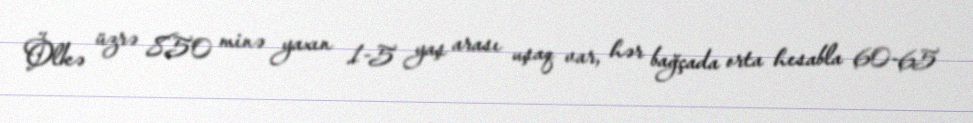
Ölkə üzrə 850 minə yaxın 1-5 yaş arası uşaq var, hər bağçada orta hesabla 60-65